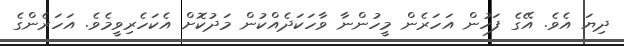
ދިޔަ އެވެ. އޭގެ ފަހުން އަހަރެން މީހުންނާ ވާހަކަދެއްކުން މަދުކޮށް އެކަހެރިވީމެވެ. އަހަރެންގެ